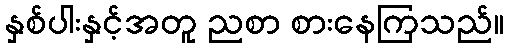
နှစ်ပါးနှင့်အတူ ညစာ စားနေကြသည်။